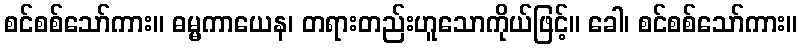
စင်စစ်သော်ကား။ ဓမ္မကာယေန၊ တရားတည်းဟူသောကိုယ်ဖြင့်။ ခေါ၊ စင်စစ်သော်ကား။